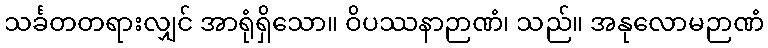
သင်္ခတတရားလျှင် အာရုံရှိသော။ ဝိပဿနာဉာဏံ၊ သည်။ အနုလောမဉာဏံ